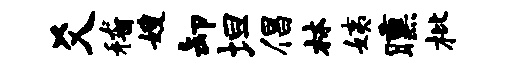
爻稽嫂卸坦倡林姨曛枇